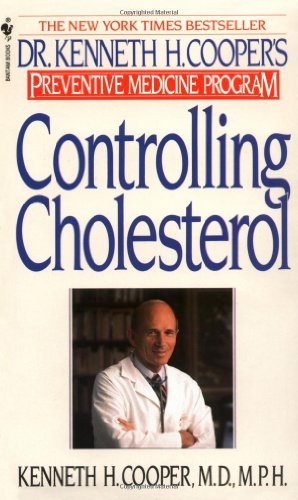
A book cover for Controlling Cholesterol: Dr. Kenneth H. Cooper's Preventative Medicine Program; Kenneth H. Cooper; Cookbooks, Food & Wine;